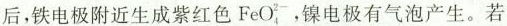
后，铁电极附近生成紫红色FeO_{4}^{2-}，镍电极有气泡产生。若